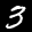
Digit: 3